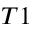
T 1